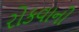
રોકવાની